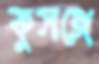
কুসঙ্গে